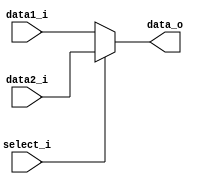
module MUX5_2to1
(
	data1_i,
    data2_i,
    select_i,
    data_o
);

input	[4:0]	data1_i,data2_i;
input			select_i;
output	[4:0]	data_o;

reg		[4:0] 	data_out;

always@(*)
begin
  if(select_i)
    data_out = data2_i;
  else
    data_out = data1_i;
end

assign data_o = data_out;

endmodule